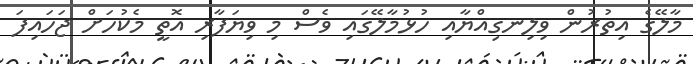
މާާލޭގެ އިތުރުން ވިލިނގިއްޔާއި ހުޅުމާލޭގައި ވެސް މި ވިޔަފާރި އޮތީ މެކުހަށް ޖަހައިފަ